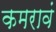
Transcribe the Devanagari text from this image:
कमरावं